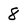
Character: 8